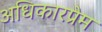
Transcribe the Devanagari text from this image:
अधिकारप्रेम